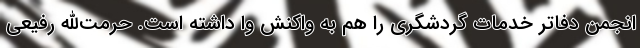
انجمن دفاتر خدمات گردشگری را هم به واکنش وا داشته است. حرمت‌الله رفیعی